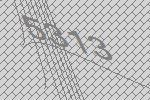
5313